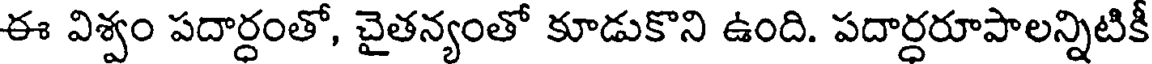
ఈ విశ్వం పదార్ధంతో, చైతన్యంతో కూడుకొని ఉంది. పదార్ధరూపాలన్నిటికీ